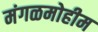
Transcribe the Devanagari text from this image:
मंगळमोहीम